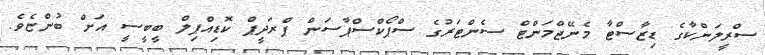
ސްރީލަންކާގެ ޑިޒާސްޓާ މެނޭޖްމަންޓް ސެންޓަރުގެ ސްޕޯކްސްޕާސަން ޕްރަދީޕް ކޮޑިއްޕިލް ބީބީސީ އަށް ބުންޏެވެ.